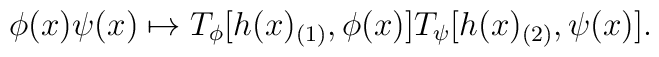
\phi (x) \psi (x) \mapsto T_\phi [h(x)_{(1)}, \phi(x)]T_\psi [h(x)_{(2)}, \psi (x)].